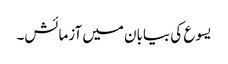
یسوع کی بیابان میں آزمائش۔